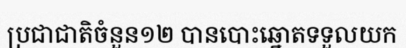
ប្រជាជាតិចំនួន១២ បានបោះឆ្នោតទទួលយក